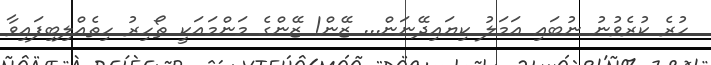
ހުރެ ކުރެވުނު ނުބައި ޢަމަލު ކިޔައިދޭނަން... ޒޭން! ޒޭންގެ މަންމައަކީ ޠޯހިރު ހިތެއްލިބިފައިވާ